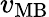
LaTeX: v_{\mathrm{MB}}